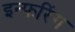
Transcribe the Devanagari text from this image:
इन्फरिंग